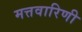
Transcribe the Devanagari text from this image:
मत्तवारिणी